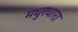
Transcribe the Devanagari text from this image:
मधुरधारा